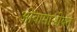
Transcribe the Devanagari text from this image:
ओबामासोबत